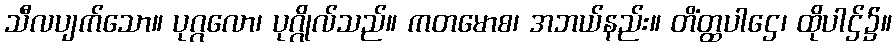
သီလပျက်သော။ ပုဂ္ဂလော၊ ပုဂ္ဂိုလ်သည်။ ကတမောစ၊ အဘယ်နည်း။ တိံတ္ထပါဌေ၊ ထိုပါဌ်၌။